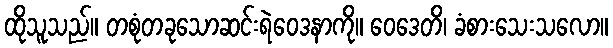
ထိုသူသည်။ တစုံတခုသောဆင်းရဲဝေဒနာကို။ ဝေဒေတိ၊ ခံစားသေးသလော။